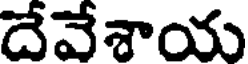
దేవేశాయ